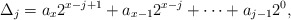
\begin{align*}\Delta_j = a_{x} 2^{x-j+1} + a_{x-1} 2^{x-j} + \cdots + a_{j-1} 2^0, \end{align*}